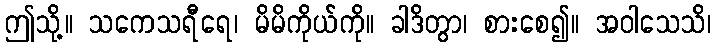
ဤသို့။ သကေသရီရေ၊ မိမိကိုယ်ကို။ ခါဒိတွာ၊ စားစေ၍။ အဝါသေသိ၊